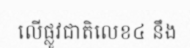
លើផ្លូវជាតិលេខ៤ នឹង